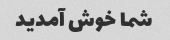
شما خوش آمدید